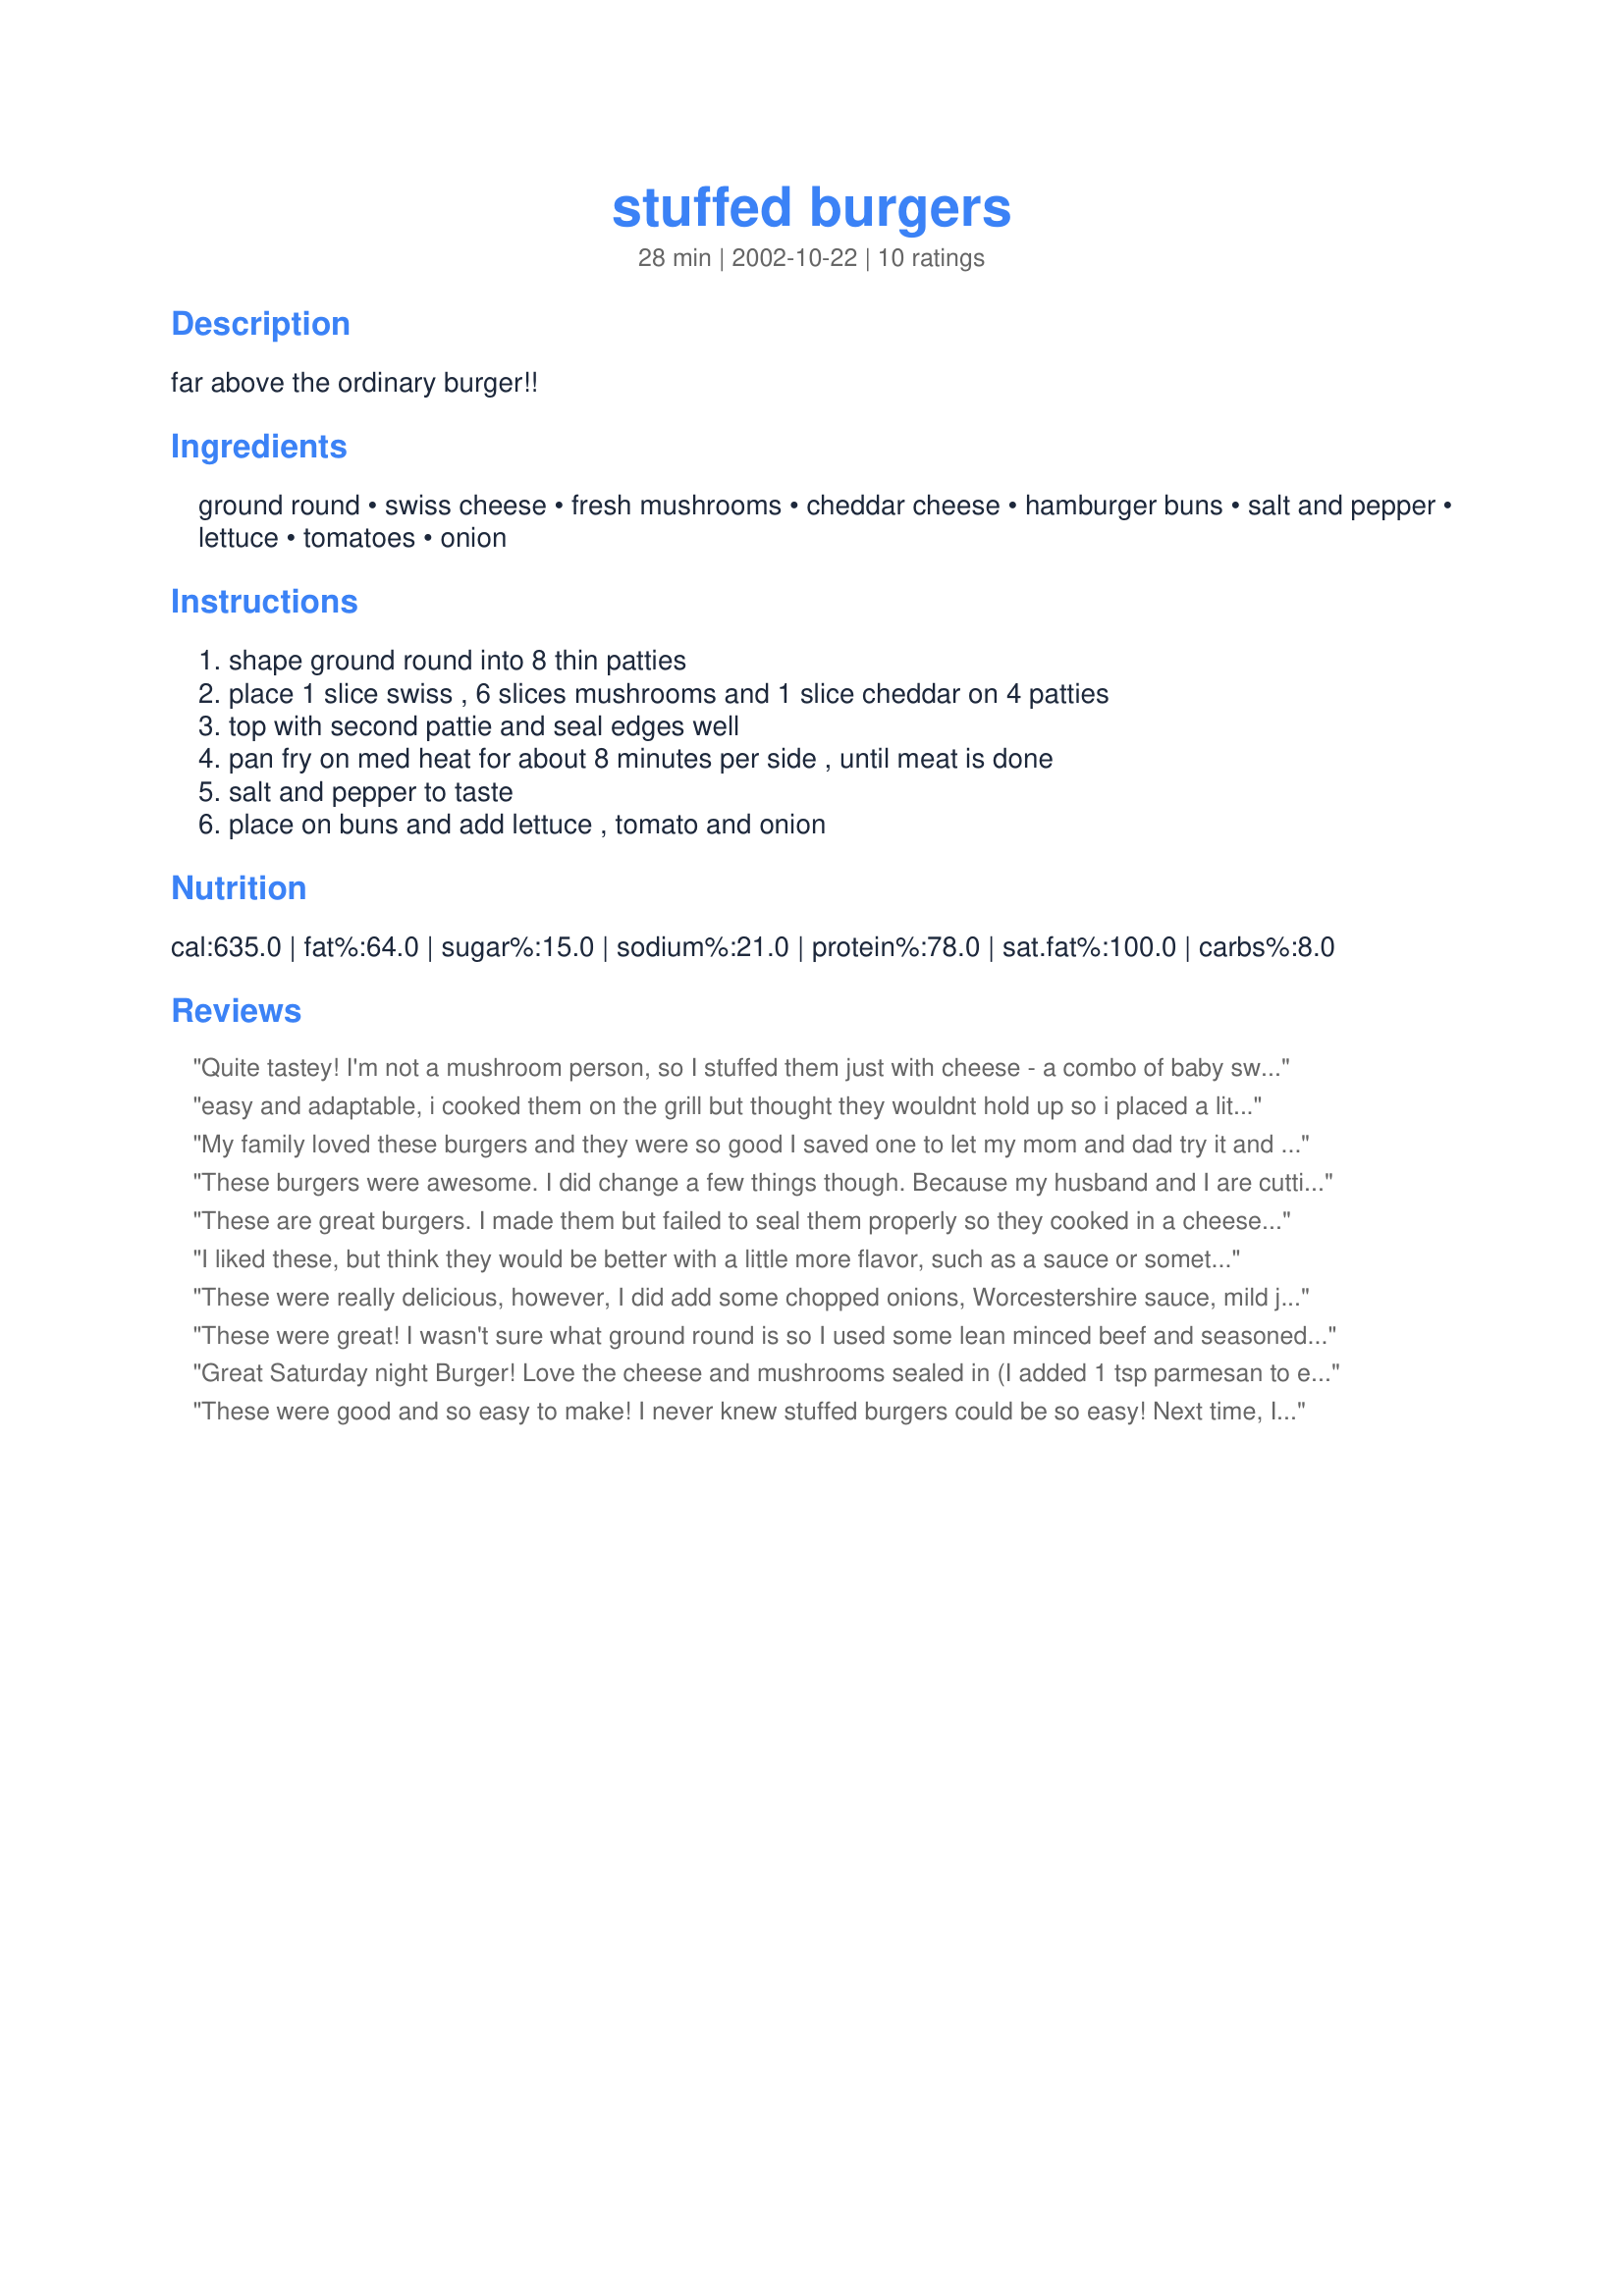
stuffed burgers
Preparation time: 28 minutes

far above the ordinary burger!!

Ingredients:
ground round, swiss cheese, fresh mushrooms, cheddar cheese, hamburger buns, salt and pepper, lettuce, tomatoes, onion

Steps:
shape ground round into 8 thin patties, place 1 slice swiss , 6 slices mushrooms and 1 slice cheddar on 4 patties, top with second pattie and seal edges well, pan fry on med heat for about 8 minutes per side , until meat is done, salt and pepper to taste, place on buns and add lettuce , tomato and onion

Reviews:
Quite tastey! I'm not a mushroom person, so I stuffed them just with cheese - a combo of baby swiss, colby, and jack. Served it on a buttered toasted onion bun - yum!
easy and adaptable, i cooked them on the grill but thought they wouldnt hold up so i placed a little tin foil under them. i do agree that they do need a little kick somewhere in there, im personally thinking of sauteing the mushrooms with some onions in garlic or soy sauce first and then adding them to the burger. they cooked fast on the grill and the cheese didnt get everywhere thanks to the tin foil only had one try and get really runny. thanks for a great recipe (TFGR)
My family loved these burgers and they were so good I saved one to let my mom and dad try it and they asked for the recipe. Their really good, a nice change from reg. Burgers!
These burgers were awesome. I did change a few things though. Because my husband and I are cutting back on the hamburger, I made the burgers with ground turkey. I made them with mozzarella and american cheese. I didn't have any fresh mushrooms, so I used canned ones and I also toasted the buns. My family just loved them. I served them with chips and they filled the whole family up. Thanks for the recipe and BRAVO again!!!!!!!!!
These are great burgers. I made them but failed to seal them properly so they cooked in a cheese sauce....lol. They still were a hit with my family. I will definately make these again, only I might add an extra 1/2 pound of meat just so I have enough to cover the fillings next time. Thank you so much for sharing.
I liked these, but think they would be better with a little more flavor, such as a sauce or something to top with. I might try a mayonnaise and jalapeno combination or something on those lines next time, but all in all it was a good burger.
These were really delicious, however, I did add some chopped onions, Worcestershire sauce, mild jalepeno sauce and salt and pepper to the ground beef before shaping into patties. I think mine were a FIVE!
These were great! I wasn't sure what ground round is so I used some lean minced beef and seasoned it with onion, garlic, salt, pepper and some hot chilli powder before making it into patties. Next time I'll cut my mushroom slices slightly thicker or use more as I could hardly taste them. Thanks for sharing, I'll definitely be making these again.
 Great Saturday night Burger! Love the cheese and mushrooms sealed in (I added 1 tsp parmesan to each burger as well as the Swiss & cheddar) . I had a large Italian bun and topped the burger with fresh Salsa served with Baking stone oven fries Thanks Inez - another keeper
These were good and so easy to make! I never knew stuffed burgers could be so easy! Next time, I will make my patties even thinner because they cooked too dry before the inside was heated through and melted. I like my burgers cooked medium. Also, you may want to season your burger before cooking or whatever you normally do. I thought the burger part of mine was a bit bland, but I did not season it at all except for salt and pepper. Sometimes, though you can get hamburger that just has no flavor, so maybe this was it. I will definitely fix these again! Thanks MizzNezz!
